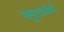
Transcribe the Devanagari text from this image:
प्लुटार्कने